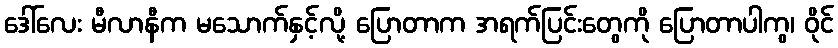
ဒေါ်လေး မီလာနီက မသောက်နှင့်လို့ ပြောတာက အရက်ပြင်းတွေကို ပြောတာပါကွ၊ ဝိုင်